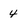
Character: 4